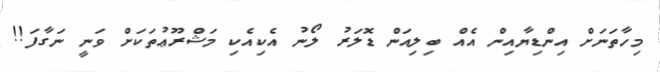
މިހާތަނަށް އިންޑިޔާއިން އެއް ބިލިއަން ޑޮލަރު ލޯނު އެކިއެކި މަޝްރޫޢުތަކަށް ވަނީ ނަގާފަ!!